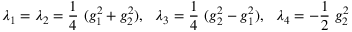
\lambda _ { 1 } = \lambda _ { 2 } = \frac { 1 } { 4 } ~ ( g _ { 1 } ^ { 2 } + g _ { 2 } ^ { 2 } ) , ~ ~ \lambda _ { 3 } = \frac { 1 } { 4 } ~ ( g _ { 2 } ^ { 2 } - g _ { 1 } ^ { 2 } ) , ~ ~ \lambda _ { 4 } = - \frac { 1 } { 2 } ~ g _ { 2 } ^ { 2 }